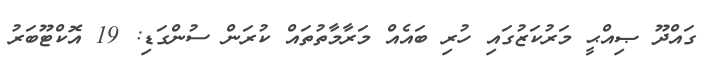
ގައްދޫ ޞިއްޙީ މަރުކަޒުގައި ހުރި ބައެއް މަރާމާތުތައް ކުރަން ސުންގަޑި: 19 އޮކްޓޫބަރު